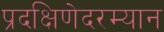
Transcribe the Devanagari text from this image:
प्रदक्षिणेदरम्यान